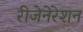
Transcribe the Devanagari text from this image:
रीजेनेरेशन